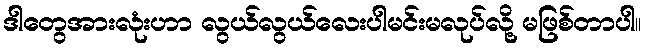
ဒါတွေအားလုံးဟာ လွယ်လွယ်လေးပါမင်းမလုပ်လို့ မဖြစ်တာပါ။